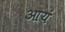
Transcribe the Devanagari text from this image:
आयं